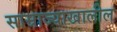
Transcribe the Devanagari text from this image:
साम्राज्याखालील